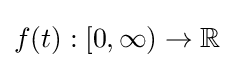
f(t):[0,\infty )\to \mathbb {R}